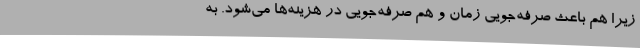
زیرا هم باعث صرفه‌جویی زمان و هم صرفه‌جویی در هزینه‌ها می‌شود. به